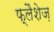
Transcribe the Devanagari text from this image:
फ्लैशेज़